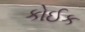
કોઈક